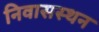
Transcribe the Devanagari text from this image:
निवासस्थन